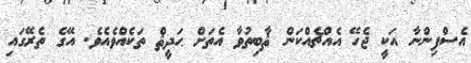
އެސްފިންނާ އަކީ ޖެހޭ އެއްޗެއްކަން ޘާބިތުވާ އެތަށް ޙަދީޘް ތަކެއްވެއެވެ. އޭގެ ތެރޭގައި